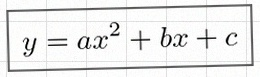
y=ax^2+bx+c